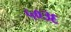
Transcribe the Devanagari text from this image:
५०३६